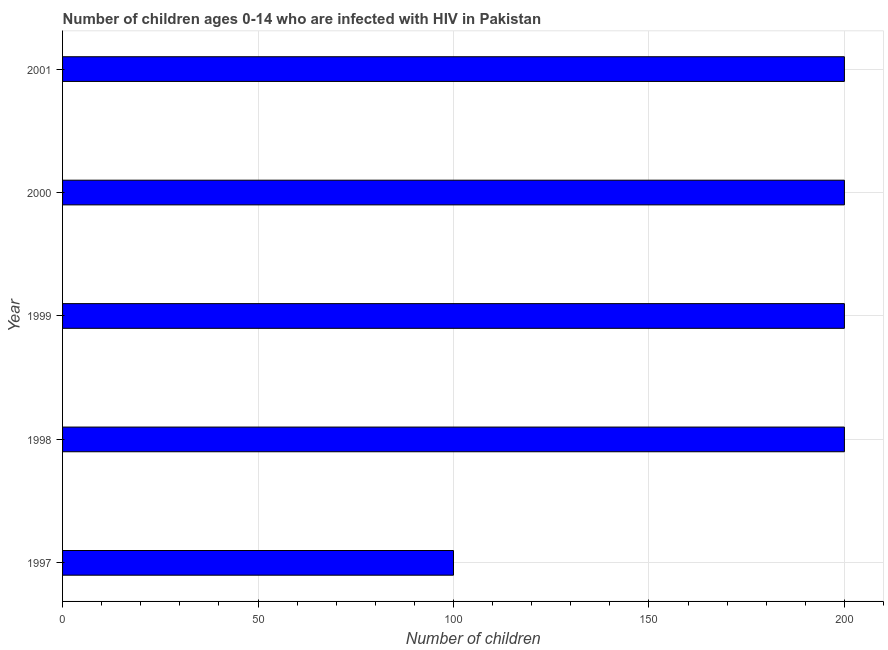
| Year | Children (0-14) living with HIV |
 | --- | --- |
 | 1997 | 100 |
 | 1998 | 200 |
 | 1999 | 200 |
 | 2000 | 200 |
 | 2001 | 200 |